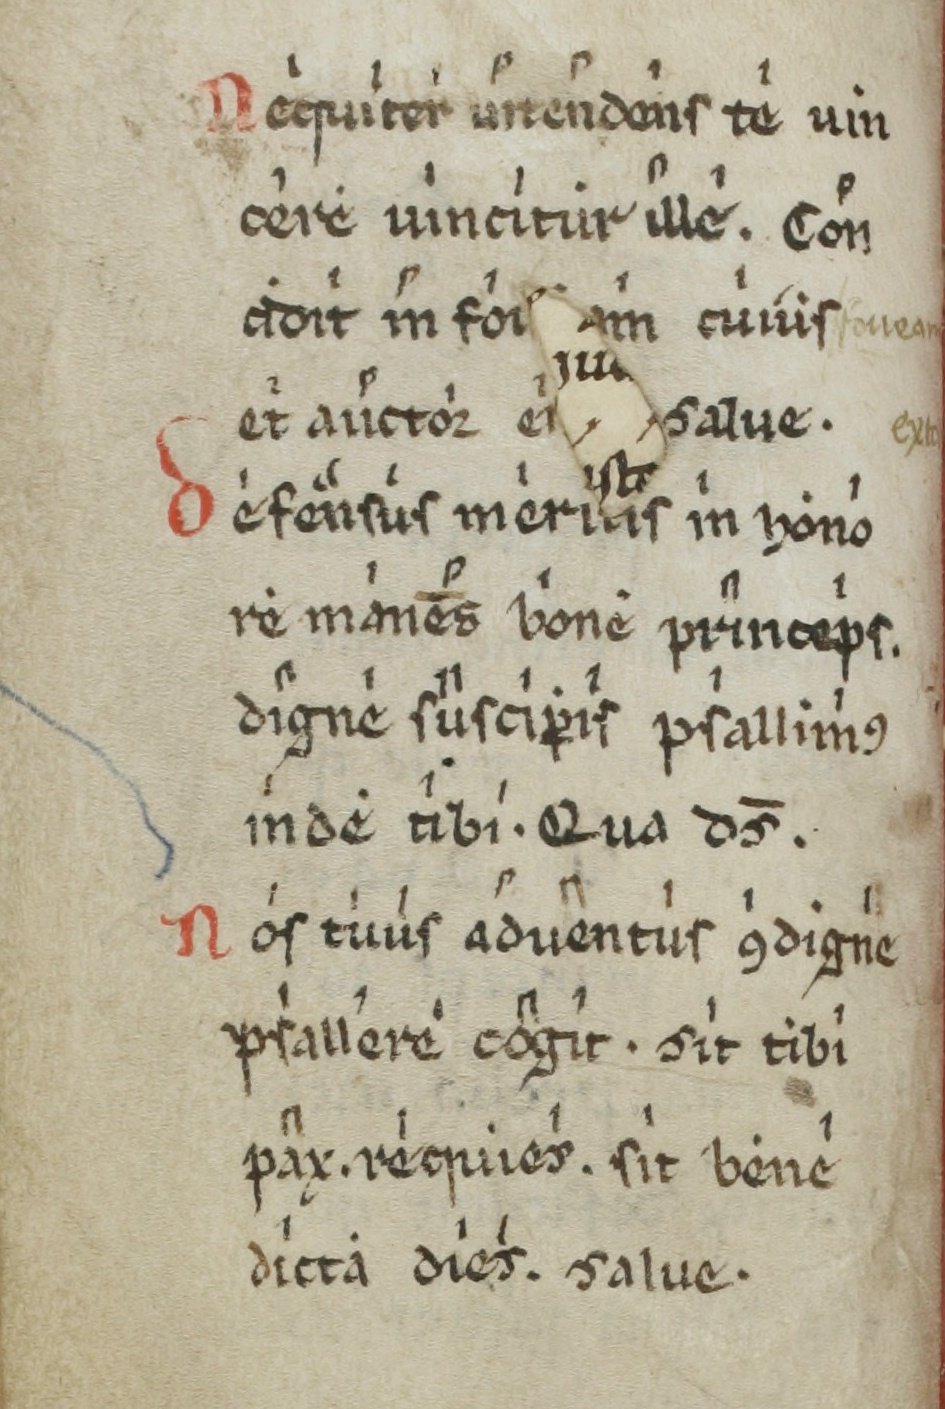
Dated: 1100–1199